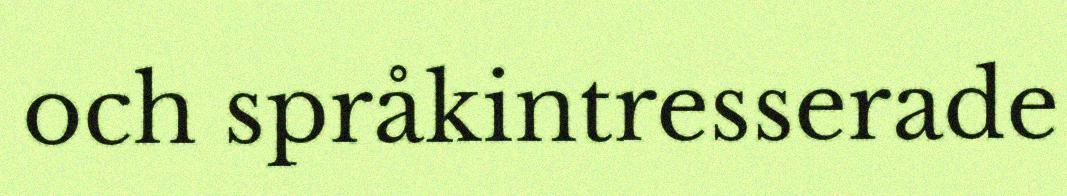
och språkintresserade